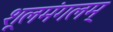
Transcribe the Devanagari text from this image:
शूलमंगलम्‌